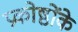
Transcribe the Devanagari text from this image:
प्रकोष्ठोंके